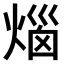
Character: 𤊲